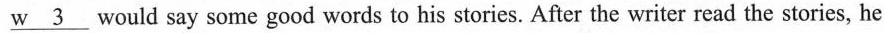
\underline{w 3} would say some good words to his stories. After the writer read the stories, he